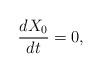
LaTeX: \begin{align*} \frac{dX_0}{dt}=0,\end{align*}